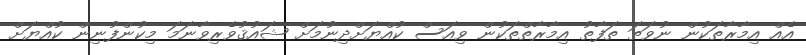
އެއް އިމާރާތަކުން ނުވަތަ ތަފާތު އިމާރާތްތަކުން ވިއަސް ކުއްޔަށްދިނުމަށް ޝައުޤުވެރިވާނަމަ މިކުންފުނިން ކުއްޔަށް